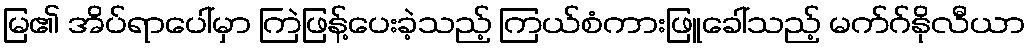
မြ၏ အိပ်ရာပေါ်မှာ ကြဲဖြန့်ပေးခဲ့သည့် ကြယ်စံကားဖြူခေါ်သည့် မက်ဂ်နိုလီယာ